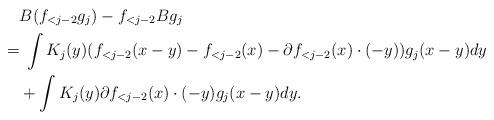
LaTeX: \begin{align*} &B(f_{<j-2} g_j) -f_{<j-2} Bg_j \\= & \; \int K_j(y) (f_{<j-2}(x-y) -f_{<j-2}(x) -\partial f_{<j-2}(x) \cdot (-y) ) g_j(x-y) dy\\& + \int K_j(y) \partial f_{<j-2}(x) \cdot (-y) g_j(x-y) dy.\end{align*}